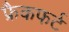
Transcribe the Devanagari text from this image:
फ्रैकफर्ट